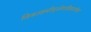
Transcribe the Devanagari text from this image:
विकाशमीयुर्जगतीशमार्गणा